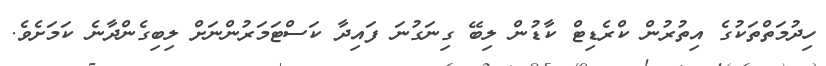
ހިދުމަތްތަކުގެ އިތުރުން ކްރެޑިޓް ކާޑުން ލިބޭ ގިނަގުނަ ފައިދާ ކަސްޓަމަރުންނަށް ލިބިގެންދާނެ ކަމަށެވެ.